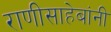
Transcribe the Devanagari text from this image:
राणीसाहेबांनी